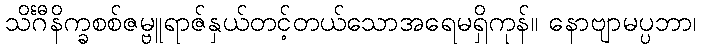
သိင်္ဂီနိက္ခစစ်ဇမ္ဗူရာဇ်နှယ်တင့်တယ်သောအရေမရှိကုန်။ နောဗျာမပ္ပဘာ၊